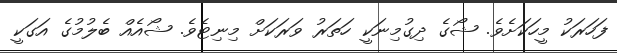
ފަހަރަކު މީހަކަށެވެ. ޝޯގެ ދިގުމިނަކީ ހަތަރު ވަރަކަށް މިނިޓެވެ. ޝޯއެއް ބެލުމުގެ އަގަކީ